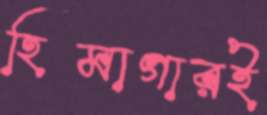
হিমাগারই